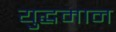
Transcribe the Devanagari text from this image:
युद्धमान